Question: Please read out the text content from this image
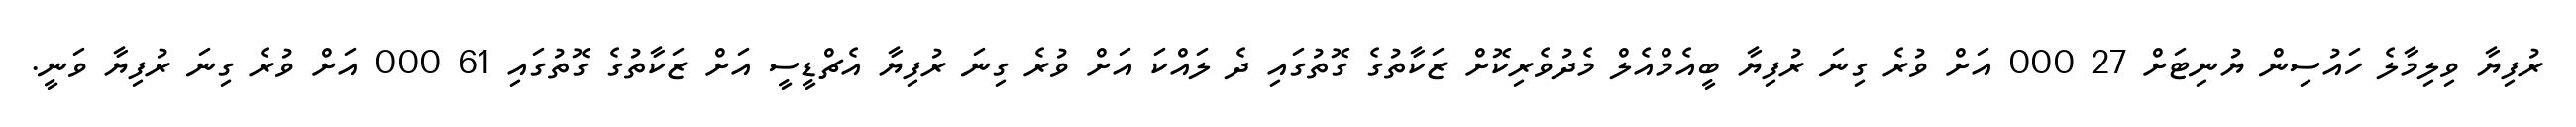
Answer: ރުފިޔާ ވިލިމާލެ ހައުސިން ޔުނިޓަށް 27 000 އަށް ވުރެ ގިނަ ރުފިޔާ ބީއެމްއެލް މެދުވެރިކޮށް ޒަކާތުގެ ގޮތުގައި ދެ ލައްކަ އަށް ވުރެ ގިނަ ރުފިޔާ އެޗްޑީސީ އަށް ޒަކާތުގެ ގޮތުގައި 61 000 އަށް ވުރެ ގިނަ ރުފިޔާ ވަނީ.